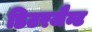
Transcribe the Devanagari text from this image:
डिटरजैन्ट